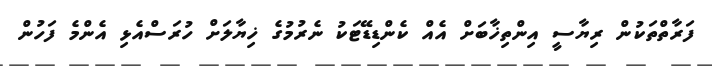
ފަރާތްތަކުން ރިޔާސީ އިންތިޚާބަށް އެއް ކެންޑިޑޭޓަކު ނެރުމުގެ ޚިޔާލަށް ހުރަސްއެޅި އެންމެ ފަހުން